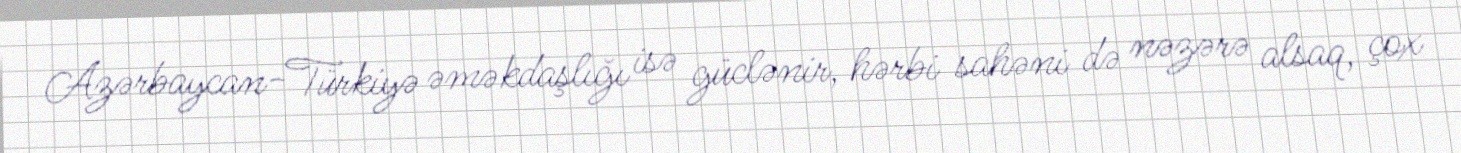
Azərbaycan-Türkiyə əməkdaşlığı isə güclənir, hərbi sahəni də nəzərə alsaq, çox